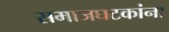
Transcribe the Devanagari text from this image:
समाजघटकांना